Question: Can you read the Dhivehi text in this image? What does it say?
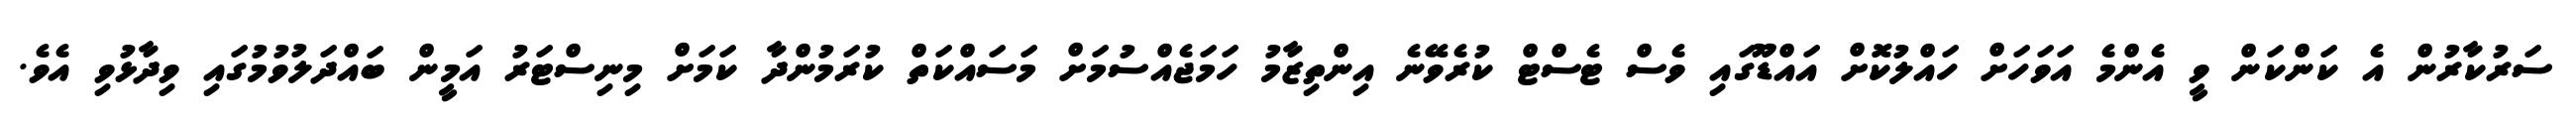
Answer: ސަރުކާރުން އެ ކަންކަން ވީ އެންމެ އަވަހަށް ހައްލުކޮށް އައްޑޫގައި ވެސް ޓެސްޓް ކުރެވޭނެ އިންތިޒާމު ހަމަޖެއްސުމަށް މަސައްކަތް ކުރަމުންދާ ކަމަށް މިނިސްޓަރު އަމީން ބައްދަލުވުމުގައި ވިދާޅުވި އެވެ.